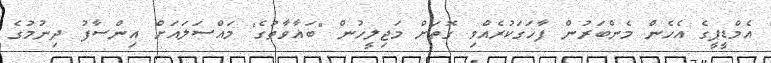
އެމްޑީޕީގެ އެހެން މެންބަރުން ފާހަގަކުރެއްވި ގޮތަށް މަޖިލީހުން "ބަޣާވާތުގެ" މައްސަލައަށް އިންސާފު ދިނުމުގެ